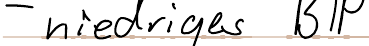
- niedriges BIP